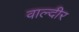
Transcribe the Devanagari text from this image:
वाल्दीर